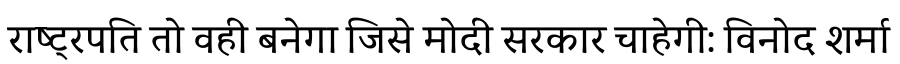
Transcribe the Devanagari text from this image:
राष्ट्रपति तो वही बनेगा जिसे मोदी सरकार चाहेगी: विनोद शर्मा